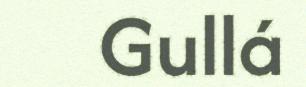
Gullá